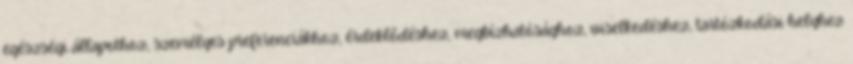
egészségi állapothoz, személyes preferenciákhoz, érdeklődéshez, megbízhatósághoz, viselkedéshez, tartózkodási helyhez